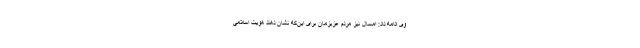
وی ادامه داد: امسال نیز مردم عزیزمان برای این‌که نشان دهند هویت اسلامی